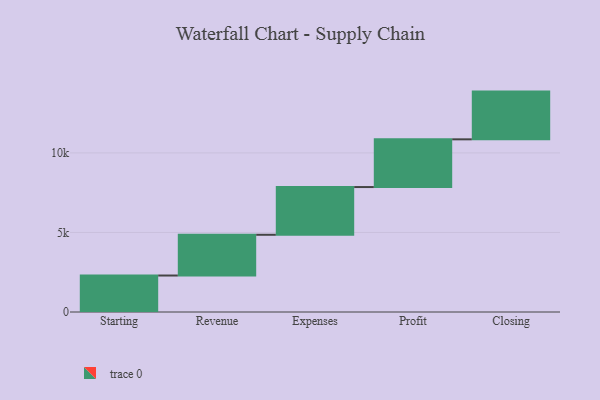
{"axis": {"x": "Step", "y": "Value"}, "legend": [""], "data": [{"x": "Starting", "y": 2293.0, "type": ""}, {"x": "Revenue", "y": 2561.0, "type": ""}, {"x": "Expenses", "y": 3000, "type": ""}, {"x": "Profit", "y": 3000, "type": ""}, {"x": "Closing", "y": 3000, "type": ""}]}